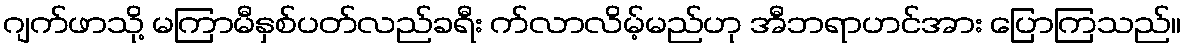
ဂျက်ဖာသို့ မကြာမီနှစ်ပတ်လည်ခရီး က်လာလိမ့်မည်ဟု အီဘရာဟင်အား ပြောကြသည်။